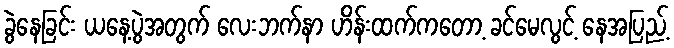
ခွဲနေခြင်း ယနေ့ပွဲအတွက် လေးဘက်နာ ဟိန်းထက်ကတော့ ခင်မေလွင့် နေအပြည့်